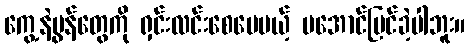
ကွေ့နဲ့မွန်တွေကို ရှင်းလင်းစေပေမယ့် မအောင်မြင်ခဲ့ပါဘူး။